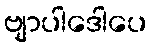
ဗျာပါဒေါပေ